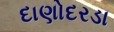
દાણોદરડા